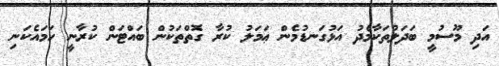
އަދި މޫސުމީ ބަދަލުތަކާމެދު އަޅުގަނޑުމެން ޢަމަލު ކުރާ ގޮތްތަކުން ބައްޓަން ކުރާނީ ހަމައެކަނި